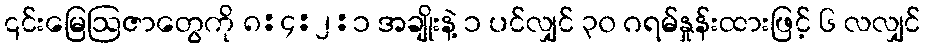
၎င်းမြေဩဇာတွေကို ၈:၄:၂:၁ အချိုးနဲ့ ၁ ပင်လျှင် ၃၀ ဂရမ်နှုန်းထားဖြင့် ၆ လလျှင်